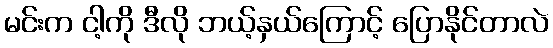
မင်းက ငါ့ကို ဒီလို ဘယ့်နှယ်ကြောင့် ပြောနိုင်တာလဲ